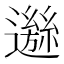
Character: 𨘁